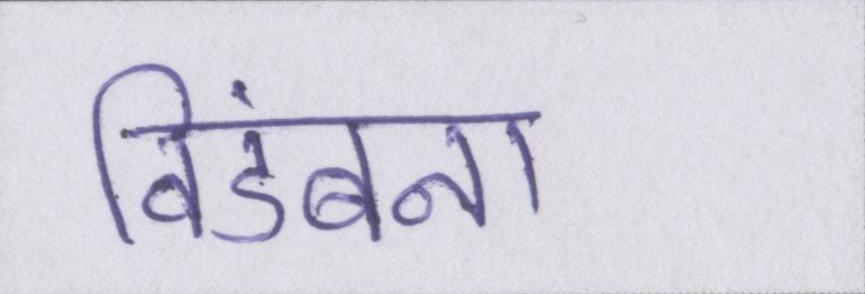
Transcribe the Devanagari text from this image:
विडंबना